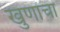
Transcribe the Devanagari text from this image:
खुणांचा